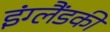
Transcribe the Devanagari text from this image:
इंग्लैंडकी